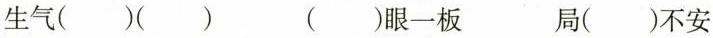
生气()() ()眼一板 局()不安()